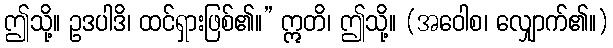
ဤသို့။ ဥဒပါဒိ၊ ထင်ရှားဖြစ်၏။” ဣတိ၊ ဤသို့။ (အဝေါစ၊ လျှောက်၏။)